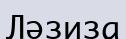
Ләзиза